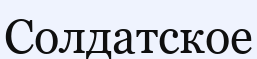
Солдатское